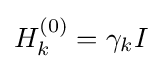
H_{k}^{(0)}=\gamma _{k}I